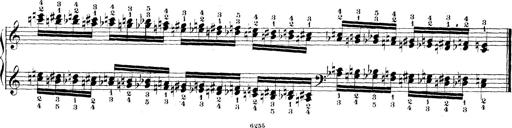
Title: Technische Studien
Composer: Franz Liszt